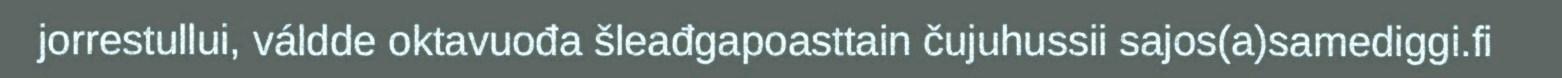
jorrestullui, váldde oktavuođa šleađgapoasttain čujuhussii sajos(a)samediggi.fi